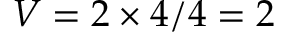
V = 2 \times 4 / 4 = 2